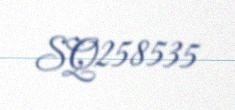
SQ258535